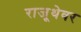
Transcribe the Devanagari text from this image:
राजूथेवर